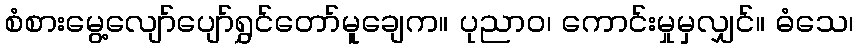
စံစားမွေ့လျော်ပျော်ရွှင်တော်မူချေက။ ပုညာဝ၊ ကောင်းမှုမှလျှင်။ ဓံသေ၊